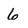
Character: 6